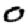
Digit: 0